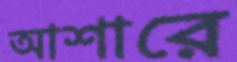
আশারে